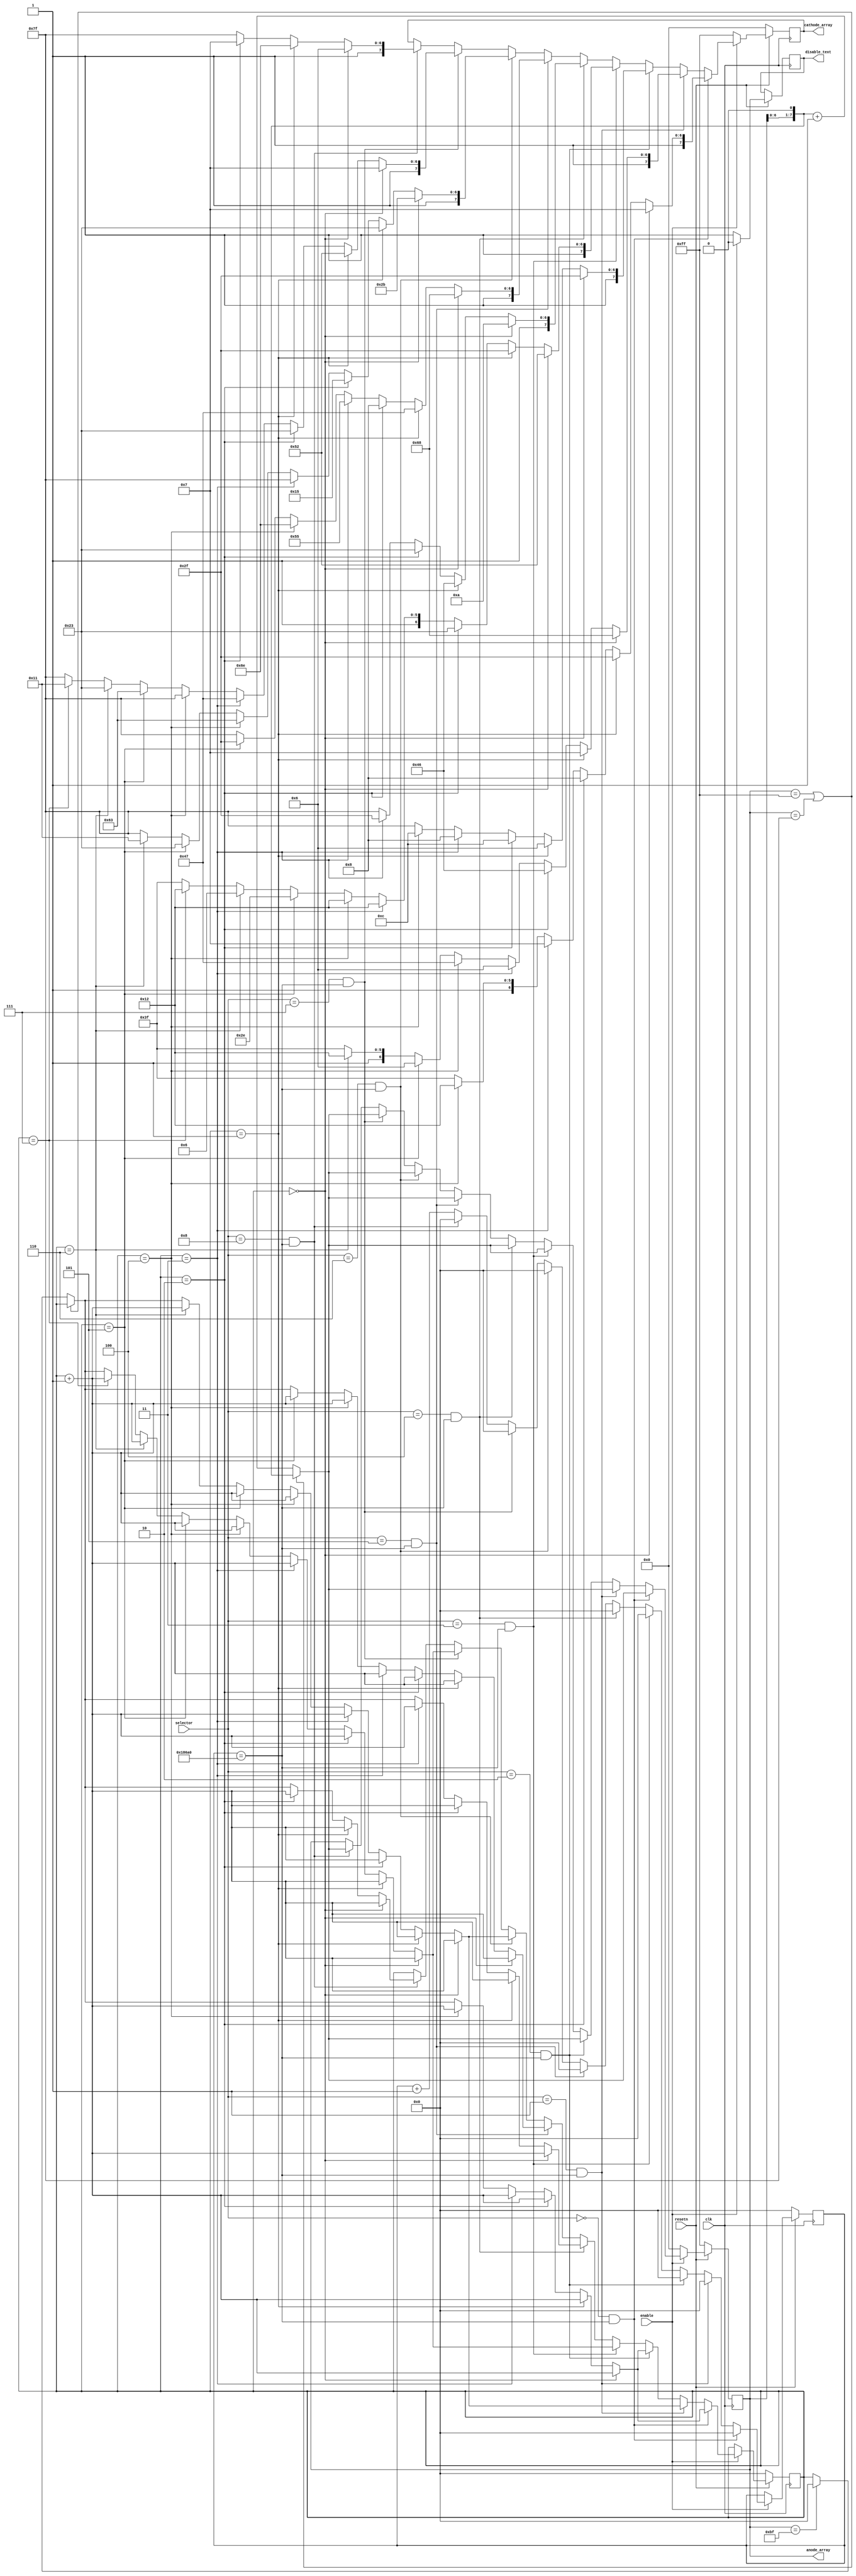
`timescale 1 ns / 1 ps

`ifndef text_display
`define text_display
module text_display(
    
    input clk,
    input resetn,
    input enable,
    input [3:0] selector,

    output reg disable_text,

    output reg [7:0] cathode_array,
    output reg [7:0] anode_array
);

    parameter ZERO = 8'b11000000;
    parameter ONE = 8'b11111001;
    parameter TWO = 8'b10100100;
    parameter THREE = 8'b10110000;
    parameter FOUR = 8'b10011001;
    parameter FIVE = 8'b10010010;
    parameter SIX = 8'b10000010;
    parameter SEVEN = 8'b11111000;
    parameter EIGHT = 8'b10000000;
    parameter NINE = 8'b10010000;

    parameter A = 8'b10001000;
    parameter B = 8'b10000011;
    parameter C = 8'b11000110;
    parameter D = 8'b10100001;
    parameter E = 8'b10000110;
    parameter F = 8'b10001110;
    parameter G = 8'b11000010;
    parameter H = 8'b10001011;
    parameter I = 8'b11101110;
    parameter J = 8'b11110010;
    parameter K = 8'b10001010;
    parameter L = 8'b11000111;
    parameter M = 8'b10101010;
    parameter N = 8'b10101011;
    parameter O = 8'b10100011;
    parameter P = 8'b10001100;
    parameter Q = 8'b10011000;
    parameter R = 8'b10101111;
    parameter S = 8'b11010010;
    parameter T = 8'b10000111;
    parameter U = 8'b11100011;
    parameter V = 8'b11010101;
    parameter W = 8'b10010101;
    parameter X = 8'b11101011;
    parameter Y = 8'b10010001;
    parameter Z = 8'b11100100;

    parameter AT = 8'b11101000;

    parameter DELAY = 100000;

    reg[31:0] counter, cathode_counter;            
    
    always @ (posedge clk) begin
        if(resetn) begin
            if(enable) begin
                disable_text <= 0;
                counter <= counter + 1;
                case(1)
                    selector == 4'b0000 && counter == DELAY: begin
                        counter <= 0;   // delay counter
                        /* anode_array sequence */
                        if(anode_array == 8'b11111111 || anode_array == 8'b01111111) begin
                            anode_array <= (anode_array << 1);
                        end else begin
                            if(anode_array == 8'b10111111) begin
                                cathode_counter <= 0;
                            end else begin
                                cathode_counter <= cathode_counter;     //warning
                            end
                            anode_array <= (anode_array << 1) + 1;
                        end

                        /* cathode assignment */
                        case(1)
                            cathode_counter == 0: begin
                                cathode_array <= T;
                                cathode_counter <= cathode_counter + 1;
                            end
                            cathode_counter == 1: begin
                                cathode_array <= R;
                                cathode_counter <= cathode_counter + 1;
                            end
                            cathode_counter == 2: begin
                                cathode_array <= A;
                                cathode_counter <= cathode_counter + 1;
                            end
                            cathode_counter == 3: begin
                                cathode_array <= T;
                                cathode_counter <= cathode_counter + 1;
                            end
                            cathode_counter == 4: begin
                                cathode_array <= S;
                                cathode_counter <= cathode_counter + 1;
                            end
                            default:
                                cathode_array <= 8'b11111111;
                        endcase
                    end
                    selector == 4'b0001 && counter == DELAY: begin
                        counter <= 0;   // delay counter
                        /* anode_array sequence */
                        if(anode_array == 8'b11111111 || anode_array == 8'b01111111) begin
                            anode_array <= (anode_array << 1);
                        end else begin
                            if(anode_array == 8'b10111111) begin
                                cathode_counter <= 0;
                            end else begin
                                cathode_counter <= cathode_counter;     //warning
                            end
                            anode_array <= (anode_array << 1) + 1;
                        end

                        /* cathode assignment */
                        case(1)
                            cathode_counter == 0: begin
                                cathode_array <= AT;
                                cathode_counter <= cathode_counter + 1;
                            end
                            cathode_counter == 1: begin
                                cathode_array <= T;
                                cathode_counter <= cathode_counter + 1;
                            end
                            cathode_counter == 2: begin
                                cathode_array <= C;
                                cathode_counter <= cathode_counter + 1;
                            end
                            cathode_counter == 3: begin
                                cathode_array <= E;
                                cathode_counter <= cathode_counter + 1;
                            end
                            cathode_counter == 4: begin
                                cathode_array <= L;
                                cathode_counter <= cathode_counter + 1;
                            end
                            cathode_counter == 5: begin
                                cathode_array <= E;
                                cathode_counter <= cathode_counter + 1;
                            end
                            cathode_counter == 6: begin
                                cathode_array <= S;
                                cathode_counter <= cathode_counter + 1;
                            end
                            default:
                                cathode_array <= 8'b11111111;
                        endcase 
                    end
                    selector == 4'b0010 && counter == DELAY: begin
                        counter <= 0;   // delay counter
                        /* anode_array sequence */
                        if(anode_array == 8'b11111111 || anode_array == 8'b01111111) begin
                            anode_array <= (anode_array << 1);
                        end else begin
                            if(anode_array == 8'b10111111) begin
                                cathode_counter <= 0;
                            end else begin
                                cathode_counter <= cathode_counter;     //warning
                            end
                            anode_array <= (anode_array << 1) + 1;
                        end

                        /* cathode assignment */
                        case(1)
                            cathode_counter == 0: begin
                                cathode_array <= R;
                                cathode_counter <= cathode_counter + 1;
                            end
                            cathode_counter == 1: begin
                                cathode_array <= E;
                                cathode_counter <= cathode_counter + 1;
                            end
                            cathode_counter == 2: begin
                                cathode_array <= P;
                                cathode_counter <= cathode_counter + 1;
                            end
                            cathode_counter == 3: begin
                                cathode_array <= A;
                                cathode_counter <= cathode_counter + 1;
                            end
                            cathode_counter == 4: begin
                                cathode_array <= P;
                                cathode_counter <= cathode_counter + 1;
                            end
                            default:
                                cathode_array <= 8'b11111111;
                        endcase 
                        
                    end
                    selector == 4'b0011 && counter == DELAY: begin
                        counter <= 0;   // delay counter
                        /* anode_array sequence */
                        if(anode_array == 8'b11111111 || anode_array == 8'b01111111) begin
                            anode_array <= (anode_array << 1);
                        end else begin
                            if(anode_array == 8'b10111111) begin
                                cathode_counter <= 0;
                            end else begin
                                cathode_counter <= cathode_counter;     //warning
                            end
                            anode_array <= (anode_array << 1) + 1;
                        end

                        /* cathode assignment */
                        case(1)
                            cathode_counter == 0: begin
                                cathode_array <= S;
                                cathode_counter <= cathode_counter + 1;
                            end
                            cathode_counter == 1: begin
                                cathode_array <= R;
                                cathode_counter <= cathode_counter + 1;
                            end
                            cathode_counter == 2: begin
                                cathode_array <= O;
                                cathode_counter <= cathode_counter + 1;
                            end
                            cathode_counter == 3: begin
                                cathode_array <= S;
                                cathode_counter <= cathode_counter + 1;
                            end
                            cathode_counter == 4: begin
                                cathode_array <= S;
                                cathode_counter <= cathode_counter + 1;
                            end
                            cathode_counter == 5: begin
                                cathode_array <= I;
                                cathode_counter <= cathode_counter + 1;
                            end
                            cathode_counter == 6: begin
                                cathode_array <= C;
                                cathode_counter <= cathode_counter + 1;
                            end
                            cathode_counter == 7: begin
                                cathode_array <= S;
                                cathode_counter <= cathode_counter + 1;
                            end
                            default:
                                cathode_array <= 8'b11111111;
                        endcase 
                    end
                    selector == 4'b0100 && counter == DELAY: begin
                        counter <= 0;   // delay counter
                        /* anode_array sequence */
                        if(anode_array == 8'b11111111 || anode_array == 8'b01111111) begin
                            anode_array <= (anode_array << 1);
                        end else begin
                            if(anode_array == 8'b10111111) begin
                                cathode_counter <= 0;
                            end else begin
                                cathode_counter <= cathode_counter;     //warning
                            end
                            anode_array <= (anode_array << 1) + 1;
                        end

                        /* cathode assignment */
                        case(1)
                            cathode_counter == 0: begin
                                cathode_array <= K;
                                cathode_counter <= cathode_counter + 1;
                            end
                            cathode_counter == 1: begin
                                cathode_array <= C;
                                cathode_counter <= cathode_counter + 1;
                            end
                            cathode_counter == 2: begin
                                cathode_array <= O;
                                cathode_counter <= cathode_counter + 1;
                            end
                            cathode_counter == 3: begin
                                cathode_array <= R;
                                cathode_counter <= cathode_counter + 1;
                            end
                            default:
                                cathode_array <= 8'b11111111;
                        endcase 
                    end
                    selector == 4'b0101 && counter == DELAY: begin
                        counter <= 0;   // delay counter
                        /* anode_array sequence */
                        if(anode_array == 8'b11111111 || anode_array == 8'b01111111) begin
                            anode_array <= (anode_array << 1);
                        end else begin
                            if(anode_array == 8'b10111111) begin
                                cathode_counter <= 0;
                            end else begin
                                cathode_counter <= cathode_counter;     //warning
                            end
                            anode_array <= (anode_array << 1) + 1;
                        end

                        /* cathode assignment */
                        case(1)
                            cathode_counter == 0: begin
                                cathode_array <= AT;
                                cathode_counter <= cathode_counter + 1;
                            end
                            cathode_counter == 1: begin
                                cathode_array <= L;
                                cathode_counter <= cathode_counter + 1;
                            end
                            cathode_counter == 2: begin
                                cathode_array <= A;
                                cathode_counter <= cathode_counter + 1;
                            end
                            cathode_counter == 3: begin
                                cathode_array <= V;
                                cathode_counter <= cathode_counter + 1;
                            end
                            cathode_counter == 4: begin
                                cathode_array <= I;
                                cathode_counter <= cathode_counter + 1;
                            end
                            cathode_counter == 5: begin
                                cathode_array <= R;
                                cathode_counter <= cathode_counter + 1;
                            end
                            default:
                                cathode_array <= 8'b11111111;
                        endcase 
                    end
                    selector == 4'b0110 && counter == DELAY: begin
                        counter <= 0;   // delay counter
                        /* anode_array sequence */
                        if(anode_array == 8'b11111111 || anode_array == 8'b01111111) begin
                            anode_array <= (anode_array << 1);
                        end else begin
                            if(anode_array == 8'b10111111) begin
                                cathode_counter <= 0;
                            end else begin
                                cathode_counter <= cathode_counter;     //warning
                            end
                            anode_array <= (anode_array << 1) + 1;
                        end

                        /* cathode assignment */
                        case(1)
                            cathode_counter == 0: begin
                                cathode_array <= N;
                                cathode_counter <= cathode_counter + 1;
                            end
                            cathode_counter == 1: begin
                                cathode_array <= O;
                                cathode_counter <= cathode_counter + 1;
                            end
                            cathode_counter == 2: begin
                                cathode_array <= W;
                                cathode_counter <= cathode_counter + 1;
                            end
                            cathode_counter == 3: begin
                                cathode_array <= 8'b11111111;
                                cathode_counter <= cathode_counter + 1;
                            end
                            cathode_counter == 4: begin
                                cathode_array <= U;
                                cathode_counter <= cathode_counter + 1;
                            end
                            cathode_counter == 5: begin
                                cathode_array <= O;
                                cathode_counter <= cathode_counter + 1;
                            end
                            cathode_counter == 6: begin
                                cathode_array <= Y;
                                cathode_counter <= cathode_counter + 1;
                            end
                            default:
                                cathode_array <= 8'b11111111;
                        endcase
                    end
                    selector == 4'b0111 && counter == DELAY: begin
                        counter <= 0;   // delay counter
                        /* anode_array sequence */
                        if(anode_array == 8'b11111111 || anode_array == 8'b01111111) begin
                            anode_array <= (anode_array << 1);
                        end else begin
                            if(anode_array == 8'b10111111) begin
                                cathode_counter <= 0;
                            end else begin
                                cathode_counter <= cathode_counter;     //warning
                            end
                            anode_array <= (anode_array << 1) + 1;
                        end

                        /* cathode assignment */
                        case(1)
                            cathode_counter == 0: begin
                                cathode_array <= T;
                                cathode_counter <= cathode_counter + 1;
                            end
                            cathode_counter == 1: begin
                                cathode_array <= S;
                                cathode_counter <= cathode_counter + 1;
                            end
                            cathode_counter == 2: begin
                                cathode_array <= O;
                                cathode_counter <= cathode_counter + 1;
                            end
                            cathode_counter == 3: begin
                                cathode_array <= L;
                                cathode_counter <= cathode_counter + 1;
                            end
                            cathode_counter == 4: begin
                                cathode_array <= 8'b11111111;
                                cathode_counter <= cathode_counter + 1;
                            end
                            cathode_counter == 5: begin
                                cathode_array <= U;
                                cathode_counter <= cathode_counter + 1;
                            end
                            cathode_counter == 6: begin
                                cathode_array <= O;
                                cathode_counter <= cathode_counter + 1;
                            end
                            cathode_counter == 7: begin
                                cathode_array <= Y;
                                cathode_counter <= cathode_counter + 1;
                            end
                            default:
                                cathode_array <= 8'b11111111;
                        endcase 
                    end
                    selector == 4'b1000 && counter == DELAY: begin
                        counter <= 0;   // delay counter
                        /* anode_array sequence */
                        if(anode_array == 8'b11111111 || anode_array == 8'b01111111) begin
                            anode_array <= (anode_array << 1);
                        end else begin
                            if(anode_array == 8'b10111111) begin
                                cathode_counter <= 0;
                            end else begin
                                cathode_counter <= cathode_counter;     //warning
                            end
                            anode_array <= (anode_array << 1) + 1;
                        end

                        /* cathode assignment */
                        case(1)
                            cathode_counter == 0: begin
                                cathode_array <= E;
                                cathode_counter <= cathode_counter + 1;
                            end
                            cathode_counter == 1: begin
                                cathode_array <= I;
                                cathode_counter <= cathode_counter + 1;
                            end
                            cathode_counter == 2: begin
                                cathode_array <= T;
                                cathode_counter <= cathode_counter + 1;
                            end
                            default:
                                cathode_array <= 8'b11111111;
                        endcase 
                    end
                endcase 
            end else begin
                disable_text <= 1;
                anode_array <= 8'b00000000;
                cathode_array <= 8'b11111111;
            end
        end else begin
            anode_array <= 8'b11111111;
            cathode_array <= 8'b00000000;
            counter <= 0;
            cathode_counter <= 0;
        end
    end
endmodule
`endif